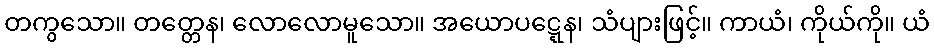
တကွသော။ တတ္တေန၊ လောလောမူသော။ အယောပဋ္ဋေန၊ သံပျားဖြင့်။ ကာယံ၊ ကိုယ်ကို။ ယံ